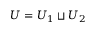
U = U _ { 1 } \sqcup U _ { 2 }